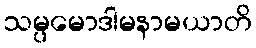
သမ္ပမောဒါမနာမယာတိ